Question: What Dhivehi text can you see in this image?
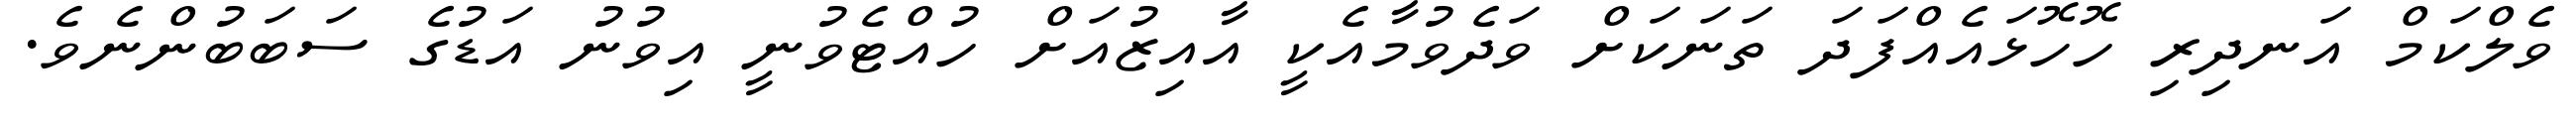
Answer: ވެލްކަމް އަނދިރި ހޮހޮޅައެއްފަދަ ތަނަކަށް ވަދެވުމާއެކީ އާއިޒުއަށް ހުއްޓެވުނީ އިވުނު އަޑުގެ ސަބަބުންނެވެ.